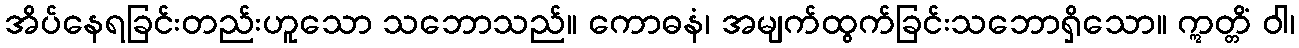
အိပ်နေရခြင်းတည်းဟူသော သဘောသည်။ ကောဓနံ၊ အမျက်ထွက်ခြင်းသဘောရှိသော။ ဣတ္တိံ ဝါ၊